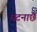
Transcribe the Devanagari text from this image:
घटनाछे